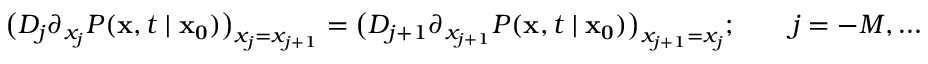
{ \big ( } D _ { j } \partial _ { x _ { j } } P ( \mathbf { x } , t \mid \mathbf { x _ { 0 } } ) { \big ) } _ { x _ { j } = x _ { j + 1 } } = { \big ( } D _ { j + 1 } \partial _ { x _ { j + 1 } } P ( \mathbf { x } , t \mid \mathbf { x _ { 0 } } ) { \big ) } _ { x _ { j + 1 } = x _ { j } } ; \qquad j = - M , \ldots , M - 1 ,